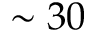
\sim 3 0